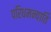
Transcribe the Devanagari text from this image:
परिधमन्यार्ति